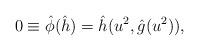
LaTeX: \begin{align*}0 \equiv \hat{\phi}( \hat{h}) = \hat{h}(u^2, \hat{g}(u^2)),\end{align*}